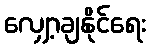
လျှော့ချနိုင်ရေး